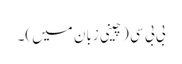
بی بی سی (چینی زبان میں)۔